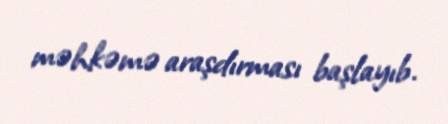
məhkəmə araşdırması başlayıb.